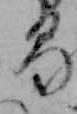
る